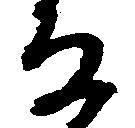
な